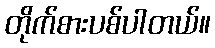
တိုက်စားပစ်ပါတယ်။